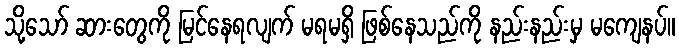
သို့သော် ဆားတွေကို မြင်နေရလျက် မရမရှိ ဖြစ်နေသည်ကို နည်းနည်းမှ မကျေနပ်။